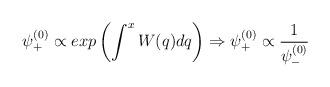
LaTeX: \begin{align*}\psi^{(0)}_+ \propto exp\left(\int^{x}W(q)dq\right) \Rightarrow \psi^{(0)}_+ \propto\frac{1}{\psi^{(0)}_-}\end{align*}